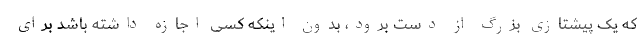
که یک پیشتازی بزرگ از دست برود، بدون اینکه کسی اجازه داشته باشد برای